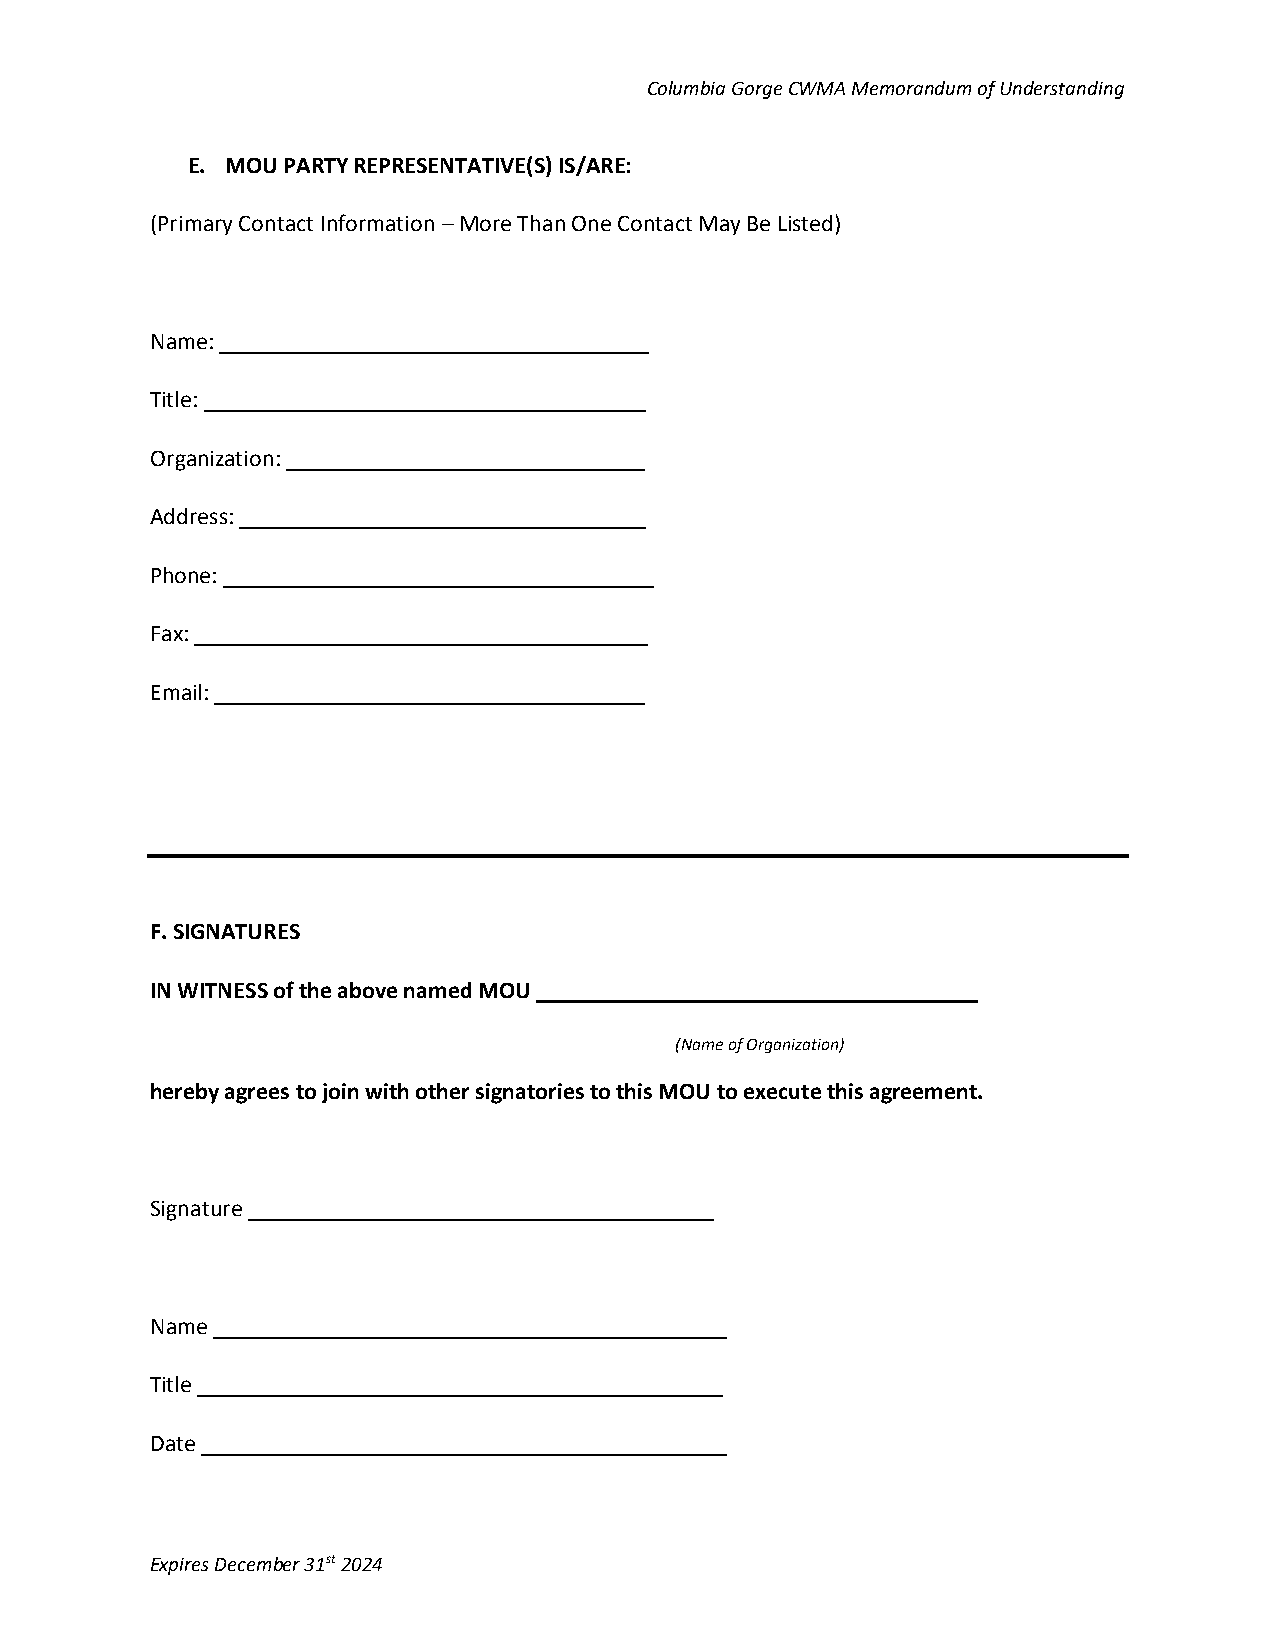
Columbia Gorge CWMA Memorandum of Understanding
 E. MOU PARTY REPRESENTATIVE(S) IS/ARE:
 (Primary Contact Information – More Than One Contact May Be Listed)
 Name: ____________________________________
 Title: _____________________________________
 Organization: ______________________________
 Address: __________________________________
 Phone: ____________________________________
 Fax: ______________________________________
 Email: ____________________________________
 F. SIGNATURES
 IN WITNESS of the above named MOU _____________________________________
 (Name of Organization)
 hereby agrees to join with other signatories to this MOU to execute this agreement.
 Signature _______________________________________
 Name ___________________________________________
 Title ____________________________________________
 Date ____________________________________________
 Expires December 31st 2024